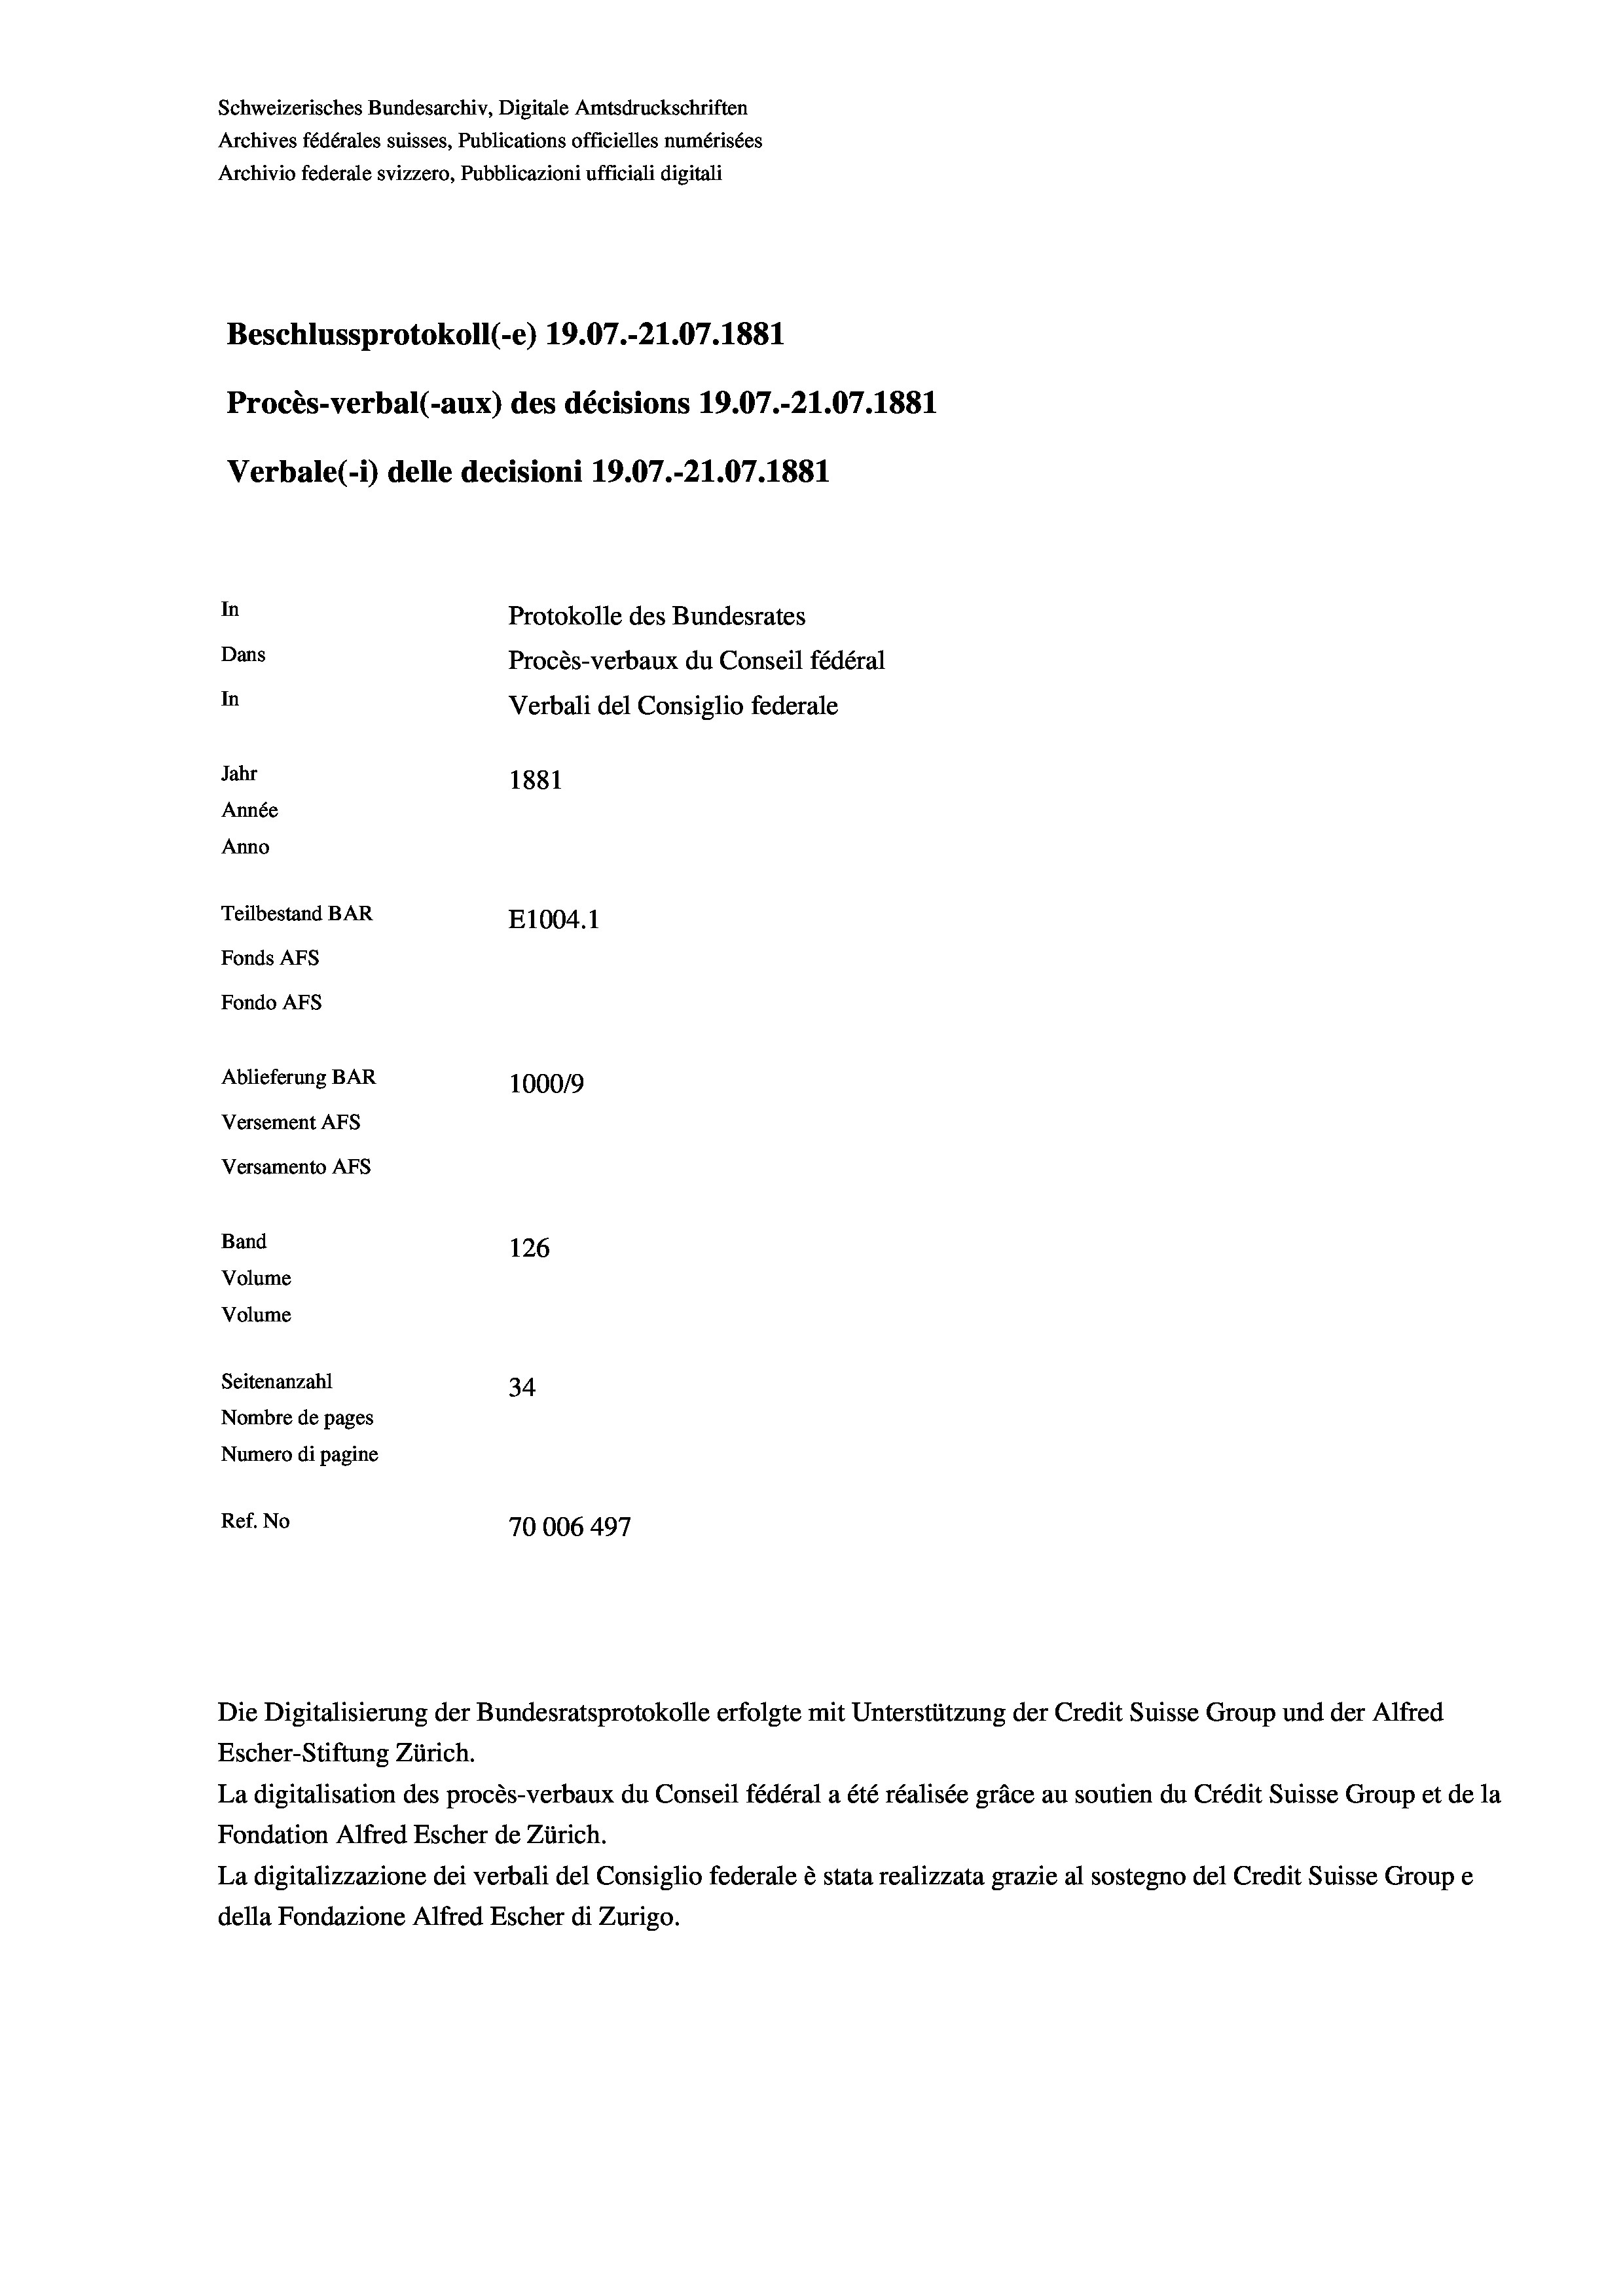
Schweizerisches Bundesarchiv, Digitale Amtsdruckschriften
Archives fédérales suisses, Publications officielles numérisées
Archivio federale svizzero, Pubblicazioni ufficiali digitali
Beschlussprotokoll (-e) 19.07.-21.07. 1881
Procès-verbal (-aux) des décisions 19.07.-21.07.1881
Verbale (- 1) delle decisioni 19.07.-21.07. 1881
In
Protokolle des Bundesrates
Dans
Procès-verbaux du Conseil fédéral
In
Verbali del Consiglio federale
Jahr
1881
Année
Anno
Teilbestand BAR
E1004.1
Fonds AFs
Fondo AFS
Ablieferung BAR
100019
Versement AFs
Versamento Afs
Band
126
Volume
Volume

Seitenanzahl
34
Nombre de pages
Numero di pagine
Ref. No
70006 497

Die Digitalisierung der Bundesratsprotokolle erfolgte mit Unterstützung der Credit Suisse Group und der Alfred
Escher-Stiftung Zürich.
La digitalisation des procès-verbaux du Conseil fédéral a été réalisée gräce au soutien du Crédit Suisse Group et de la
Fondation Alfred Escher de Zürich.
La digitalizzazione dei verbali del Consiglio federale è stata realizzata grazie al sostegno del Credit Suisse Groupe
della Fondazione Alfred Escher di Zurigo.